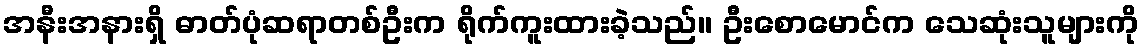
အနီးအနားရှိ ဓာတ်ပုံဆရာတစ်ဦးက ရိုက်ကူးထားခဲ့သည်။ ဦးစောမောင်က သေဆုံးသူများကို